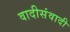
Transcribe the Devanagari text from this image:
वादीसंवादी